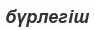
бүрлегіш